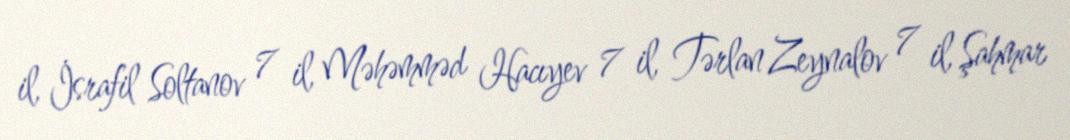
il, İsrafil Soltanov 7 il, Məhəmməd Hacıyev 7 il, Tərlan Zeynalov 7 il, Şahmar